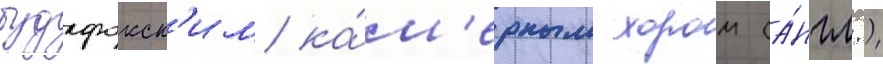
будафокск'им ка́м'ерным хором (а́нгл.)